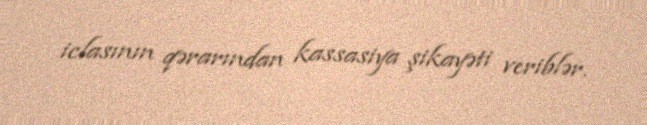
iclasının qərarından kassasiya şikayəti veriblər.